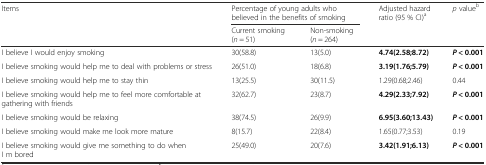
<table><thead><tr><td rowspan="2"><b>Items</b></td><td colspan="2"><b>Percentage of young adults who believed in the benefits of smoking</b></td><td rowspan="2"><b>Adjusted hazard ratio (95 % CI)<sup>a</sup></b></td><td rowspan="2"><b><i>p</i> value<sup>b</sup></b></td></tr><tr><td><b>Current smoking (<i>n</i> = 51)</b></td><td><b>Non-smoking (<i>n</i> = 264)</b></td></tr></thead><tbody><tr><td>I believe I would enjoy smoking</td><td>30(58.8)</td><td>13(5.0)</td><td><b>4.74(2.58;8.72)</b></td><td><b><i>P</i></b> <b>&lt; 0.001</b></td></tr><tr><td>I believe smoking would help me to deal with problems or stress</td><td>26(51.0)</td><td>18(6.8)</td><td><b>3.19(1.76;5.79)</b></td><td><b><i>P</i></b> <b>&lt; 0.001</b></td></tr><tr><td>I believe smoking would help me to stay thin</td><td>13(25.5)</td><td>30(11.5)</td><td>1.29(0.68;2.46)</td><td>0.44</td></tr><tr><td>I believe smoking would help me to feel more comfortable at gathering with friends</td><td>32(62.7)</td><td>23(8.7)</td><td><b>4.29(2.33;7.92)</b></td><td><b><i>P</i></b> <b>&lt; 0.001</b></td></tr><tr><td>I believe smoking would be relaxing</td><td>38(74.5)</td><td>26(9.9)</td><td><b>6.95(3.60;13.43)</b></td><td><b><i>P</i></b> <b>&lt; 0.001</b></td></tr><tr><td>I believe smoking would make me look more mature</td><td>8(15.7)</td><td>22(8.4)</td><td>1.65(0.77;3.53)</td><td>0.19</td></tr><tr><td>I believe smoking would give me something to do when I m bored</td><td>25(49.0)</td><td>20(7.6)</td><td><b>3.42(1.91;6.13)</b></td><td><b><i>P</i></b> <b>&lt; 0.001</b></td></tr></tbody></table>